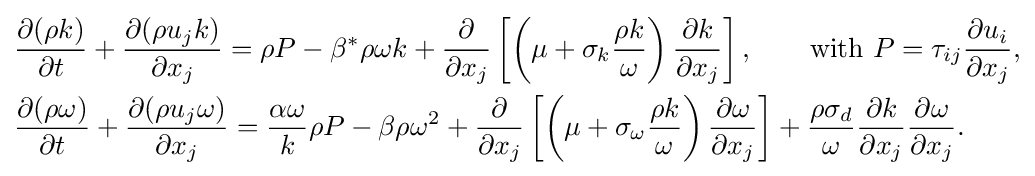
{\begin{aligned}&{\frac {\partial (\rho k)}{\partial t}}+{\frac {\partial (\rho u_{j}k)}{\partial x_{j}}}=\rho P-\beta ^{*}\rho \omega k+{\frac {\partial }{\partial x_{j}}}\left[\left(\mu +\sigma _{k}{\frac {\rho k}{\omega }}\right){\frac {\partial k}{\partial x_{j}}}\right],\qquad {\text{with }}P=\tau _{ij}{\frac {\partial u_{i}}{\partial x_{j}}},\\&\displaystyle {\frac {\partial (\rho \omega )}{\partial t}}+{\frac {\partial (\rho u_{j}\omega )}{\partial x_{j}}}={\frac {\alpha \omega }{k}}\rho P-\beta \rho \omega ^{2}+{\frac {\partial }{\partial x_{j}}}\left[\left(\mu +\sigma _{\omega }{\frac {\rho k}{\omega }}\right){\frac {\partial \omega }{\partial x_{j}}}\right]+{\frac {\rho \sigma _{d}}{\omega }}{\frac {\partial k}{\partial x_{j}}}{\frac {\partial \omega }{\partial x_{j}}}.\end{aligned}}